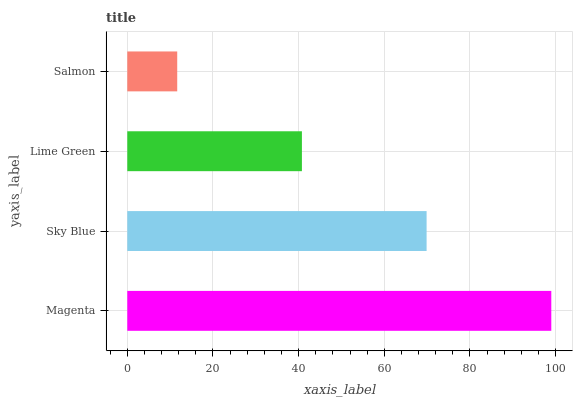
| yaxis_label | bars |
 | --- | --- |
 | Magenta | 99 |
 | Sky Blue | 69.9 |
 | Lime Green | 40.8 |
 | Salmon | 11.7 |